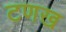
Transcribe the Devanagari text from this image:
टणख